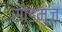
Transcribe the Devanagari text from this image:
सोडमुंज